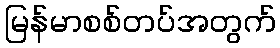
မြန်မာစစ်တပ်အတွက်